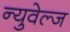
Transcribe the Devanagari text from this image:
न्युवेल्ज